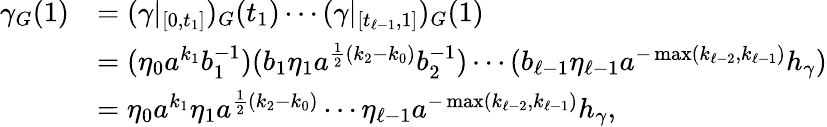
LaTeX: \begin{array}{rl}{\gamma_{G}(1)}&{=(\gamma|_{[0,t_{1}]})_{G}(t_{1})\cdots(\gamma|_{[t_{\ell-1},1]})_{G}(1)}\\ &{=(\eta_{0}a^{k_{1}}b_{1}^{-1})(b_{1}\eta_{1}a^{\frac{1}{2}(k_{2}-k_{0})}b_{2}^{-1})\cdots(b_{\ell-1}\eta_{\ell-1}a^{-\operatorname*{max}(k_{\ell-2},k_{\ell-1})}h_{\gamma})}\\ &{=\eta_{0}a^{k_{1}}\eta_{1}a^{\frac{1}{2}(k_{2}-k_{0})}\cdots\eta_{\ell-1}a^{-\operatorname*{max}(k_{\ell-2},k_{\ell-1})}h_{\gamma},}\end{array}